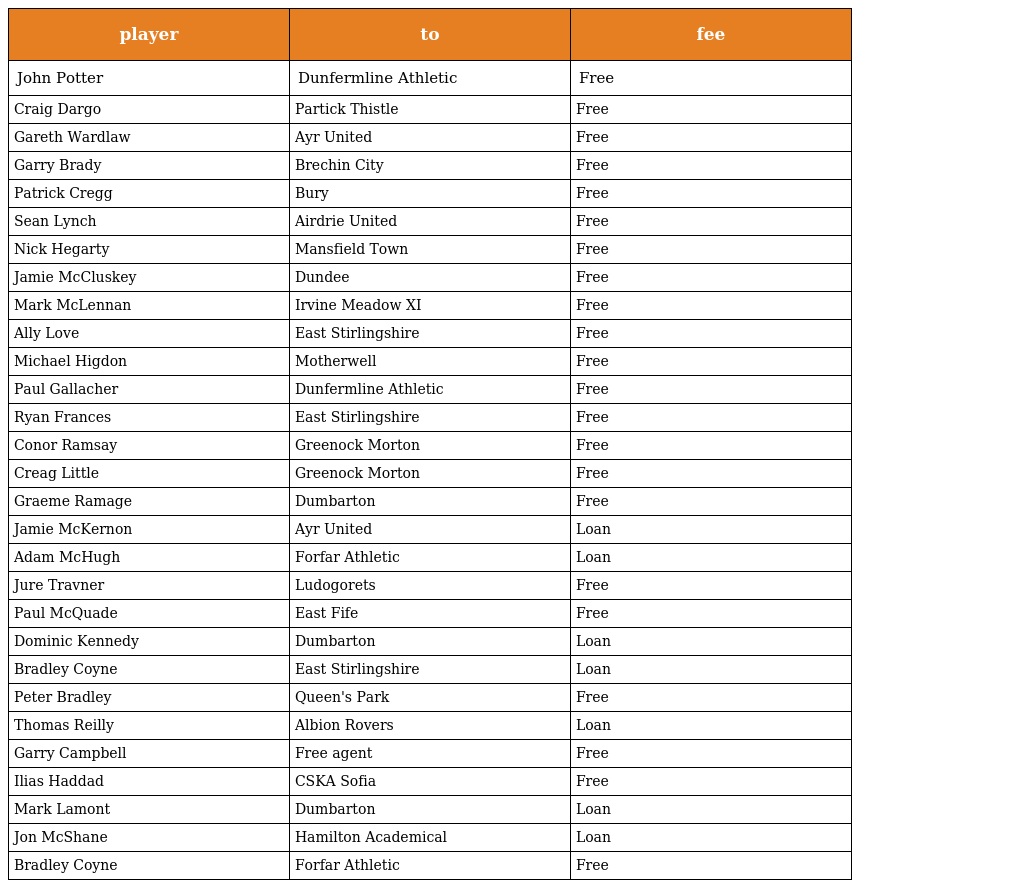
| player | to | fee |
 | --- | --- | --- |
 | John Potter | Dunfermline Athletic | Free |
 | Craig Dargo | Partick Thistle | Free |
 | Gareth Wardlaw | Ayr United | Free |
 | Garry Brady | Brechin City | Free |
 | Patrick Cregg | Bury | Free |
 | Sean Lynch | Airdrie United | Free |
 | Nick Hegarty | Mansfield Town | Free |
 | Jamie McCluskey | Dundee | Free |
 | Mark McLennan | Irvine Meadow XI | Free |
 | Ally Love | East Stirlingshire | Free |
 | Michael Higdon | Motherwell | Free |
 | Paul Gallacher | Dunfermline Athletic | Free |
 | Ryan Frances | East Stirlingshire | Free |
 | Conor Ramsay | Greenock Morton | Free |
 | Creag Little | Greenock Morton | Free |
 | Graeme Ramage | Dumbarton | Free |
 | Jamie McKernon | Ayr United | Loan |
 | Adam McHugh | Forfar Athletic | Loan |
 | Jure Travner | Ludogorets | Free |
 | Paul McQuade | East Fife | Free |
 | Dominic Kennedy | Dumbarton | Loan |
 | Bradley Coyne | East Stirlingshire | Loan |
 | Peter Bradley | Queen's Park | Free |
 | Thomas Reilly | Albion Rovers | Loan |
 | Garry Campbell | Free agent | Free |
 | Ilias Haddad | CSKA Sofia | Free |
 | Mark Lamont | Dumbarton | Loan |
 | Jon McShane | Hamilton Academical | Loan |
 | Bradley Coyne | Forfar Athletic | Free |